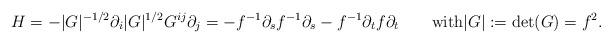
LaTeX: \begin{align*} H = - |G|^{-1/2} \partial_i |G|^{1/2} G^{ij} \partial_j = - f^{-1} \partial_s f^{-1} \partial_s - f^{-1} \partial_t f \partial_t \qquad\mbox{with} |G| := \det(G) = f^2.\end{align*}